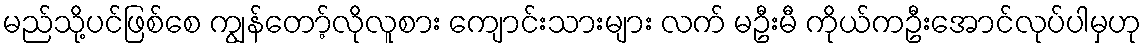
မည်သို့ပင်ဖြစ်စေ ကျွန်တော့်လိုလူစား ကျောင်းသားများ လက် မဦးမီ ကိုယ်ကဦးအောင်လုပ်ပါမှဟု